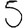
Digit: 5